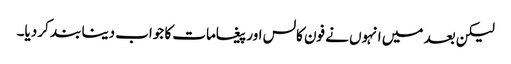
لیکن بعد میں انہوں نے فون کالس اور پیغامات کا جواب دینا بند کر دیا۔